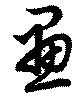
畫